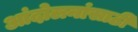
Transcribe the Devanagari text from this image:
आंदोलनांसाठी